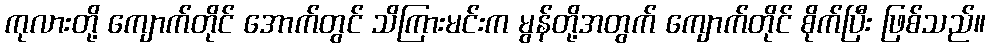
ကုလားတို့ ကျောက်တိုင် အောက်တွင် သိကြားမင်းက မွန်တို့အတွက် ကျောက်တိုင် စိုက်ပြီး ဖြစ်သည်။